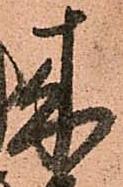
来